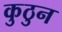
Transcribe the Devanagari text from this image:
कुठुन